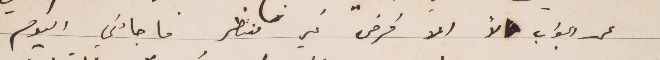
عن الجواب لأ الا فرض غير منتظر ما جاءني اليوم